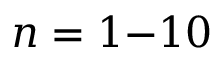
n = 1 { - } 1 0